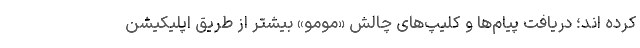
کرده اند؛ دریافت پیام‌ها و کلیپ‌های چالش «مومو» بیشتر از طریق اپلیکیشن